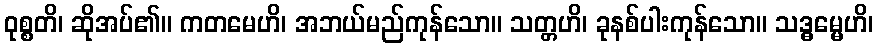
ဝုစ္စတိ၊ ဆိုအပ်၏။ ကတမေဟိ၊ အဘယ်မည်ကုန်သော။ သတ္တဟိ၊ ခုနစ်ပါးကုန်သော။ သဒ္ဓမ္မေဟိ၊